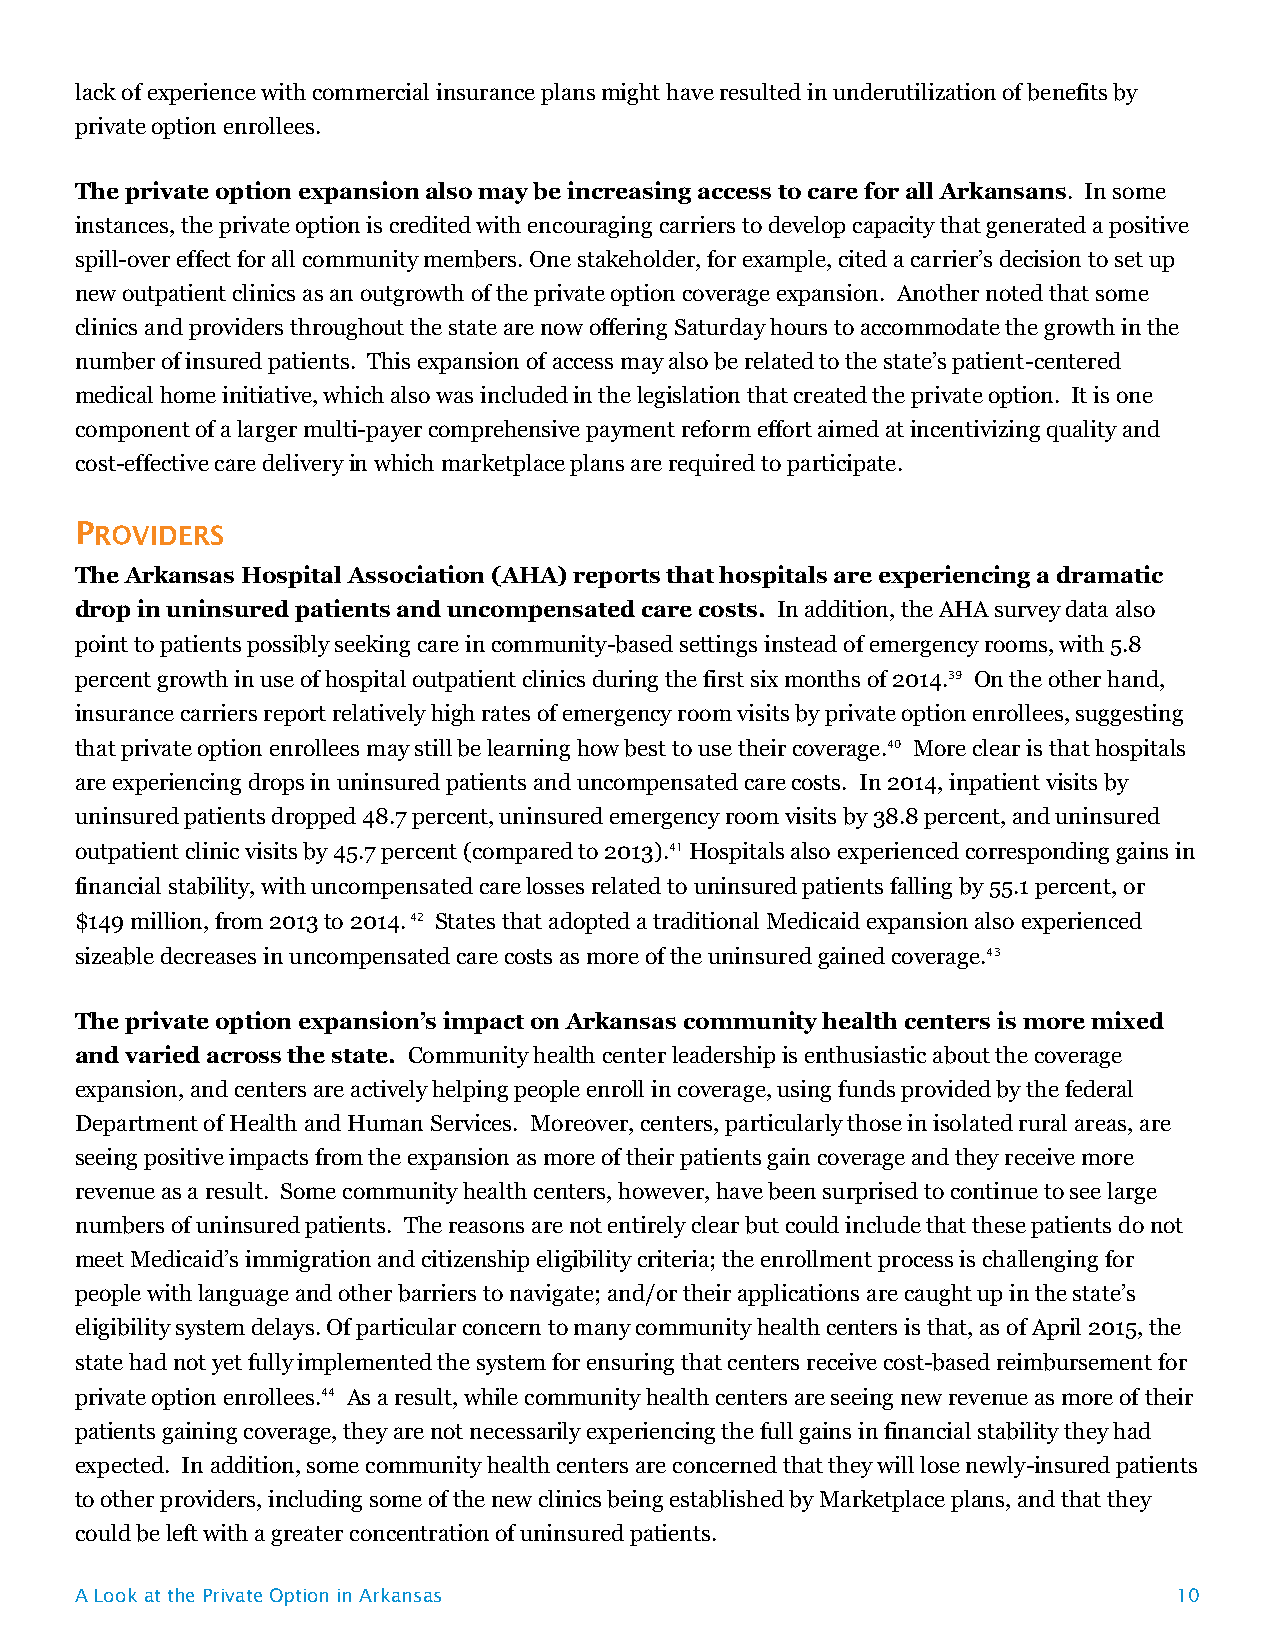
lack of experience with commercial insurance plans might have resulted in underutilization of benefits by
 private option enrollees.
 The private option expansion also may be increasing access to care for all Arkansans. In some
 instances, the private option is credited with encouraging carriers to develop capacity that generated a positive
 spill-over effect for all community members. One stakeholder, for example, cited a carrier’s decision to set up
 new outpatient clinics as an outgrowth of the private option coverage expansion. Another noted that some
 clinics and providers throughout the state are now offering Saturday hours to accommodate the growth in the
 number of insured patients. This expansion of access may also be related to the state’s patient-centered
 medical home initiative, which also was included in the legislation that created the private option. It is one
 component of a larger multi-payer comprehensive payment reform effort aimed at incentivizing quality and
 cost-effective care delivery in which marketplace plans are required to participate.
 The Arkansas Hospital Association (AHA) reports that hospitals are experiencing a dramatic
 drop in uninsured patients and uncompensated care costs. In addition, the AHA survey data also
 point to patients possibly seeking care in community-based settings instead of emergency rooms, with 5.8
 percent growth in use of hospital outpatient clinics during the first six months of 2014.39 On the other hand,
 insurance carriers report relatively high rates of emergency room visits by private option enrollees, suggesting
 that private option enrollees may still be learning how best to use their coverage.40 More clear is that hospitals
 are experiencing drops in uninsured patients and uncompensated care costs. In 2014, inpatient visits by
 uninsured patients dropped 48.7 percent, uninsured emergency room visits by 38.8 percent, and uninsured
 outpatient clinic visits by 45.7 percent (compared to 2013).41 Hospitals also experienced corresponding gains in
 financial stability, with uncompensated care losses related to uninsured patients falling by 55.1 percent, or
 $149 million, from 2013 to 2014. 42 States that adopted a traditional Medicaid expansion also experienced
 sizeable decreases in uncompensated care costs as more of the uninsured gained coverage.43
 The private option expansion’s impact on Arkansas community health centers is more mixed
 and varied across the state. Community health center leadership is enthusiastic about the coverage
 expansion, and centers are actively helping people enroll in coverage, using funds provided by the federal
 Department of Health and Human Services. Moreover, centers, particularly those in isolated rural areas, are
 seeing positive impacts from the expansion as more of their patients gain coverage and they receive more
 revenue as a result. Some community health centers, however, have been surprised to continue to see large
 numbers of uninsured patients. The reasons are not entirely clear but could include that these patients do not
 meet Medicaid’s immigration and citizenship eligibility criteria; the enrollment process is challenging for
 people with language and other barriers to navigate; and/or their applications are caught up in the state’s
 eligibility system delays. Of particular concern to many community health centers is that, as of April 2015, the
 state had not yet fully implemented the system for ensuring that centers receive cost-based reimbursement for
 private option enrollees.44 As a result, while community health centers are seeing new revenue as more of their
 patients gaining coverage, they are not necessarily experiencing the full gains in financial stability they had
 expected. In addition, some community health centers are concerned that they will lose newly-insured patients
 to other providers, including some of the new clinics being established by Marketplace plans, and that they
 could be left with a greater concentration of uninsured patients.
 A Look at the Private Option in Arkansas                                 10